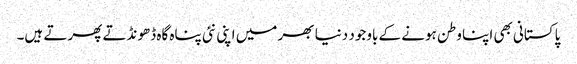
پاکستانی بھی اپنا وطن ہونے کے باوجود دنیا بھر میں اپنی نئی پناہ گاہ ڈھونڈتے پھرتے ہیں۔